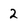
Character: 2